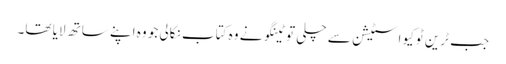
جب ٹرین ٹوکیو اسٹیشن سے چلی تو ٹینگو نے وہ کتاب نکالی جو وہ اپنے ساتھ لایا تھا۔